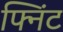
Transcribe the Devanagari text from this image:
फ्निंट